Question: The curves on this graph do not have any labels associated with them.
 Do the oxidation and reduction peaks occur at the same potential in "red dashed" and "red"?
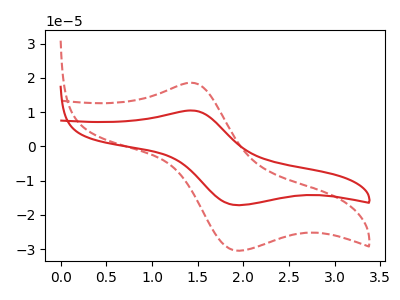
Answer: <think>The red curve "red" has an anodic peak at (1.45V, 10.45uA) and a cathodic peak at (1.95V, -17.20uA). The red dashed curve "red dashed" has an anodic peak at (1.45V, 18.55uA) and a cathodic peak at (1.95V, -30.45uA).</think>
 <answer>Yes, "red dashed" have a peak in "red" at the same potential.</answer>
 <eval>match</eval>